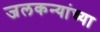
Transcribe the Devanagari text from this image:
जलकन्यांच्या